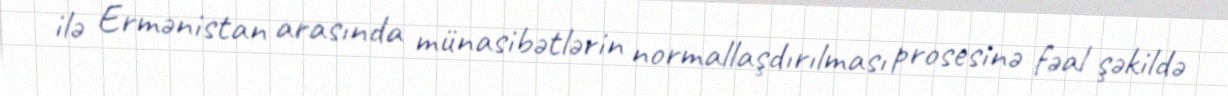
ilə Ermənistan arasında münasibətlərin normallaşdırılması prosesinə fəal şəkildə